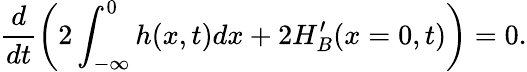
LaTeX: \frac{d}{dt}\left(2\int_{-\infty}^{0}h(x,t)dx+2H_{B}^{\prime}(x=0,t)\right)=0.